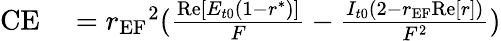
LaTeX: \begin{array}{rl}{\textrm{CE}}&{{}={r_{\textrm{EF}}}^{2}(\frac{\textrm{Re}[E_{t0}(1-r^{*})]}{F}-\frac{I_{t0}(2-r_{\textrm{EF}}\textrm{Re}[r])}{F^{2}})}\end{array}